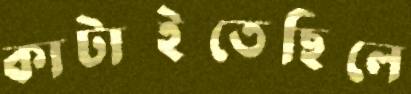
কাটাইতেছিলে